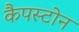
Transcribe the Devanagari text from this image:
कैपस्टोन